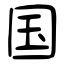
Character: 国